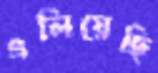
এলিয়েছি